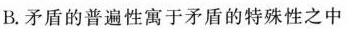
B.矛盾的普遍性寓于矛盾的特殊性之中